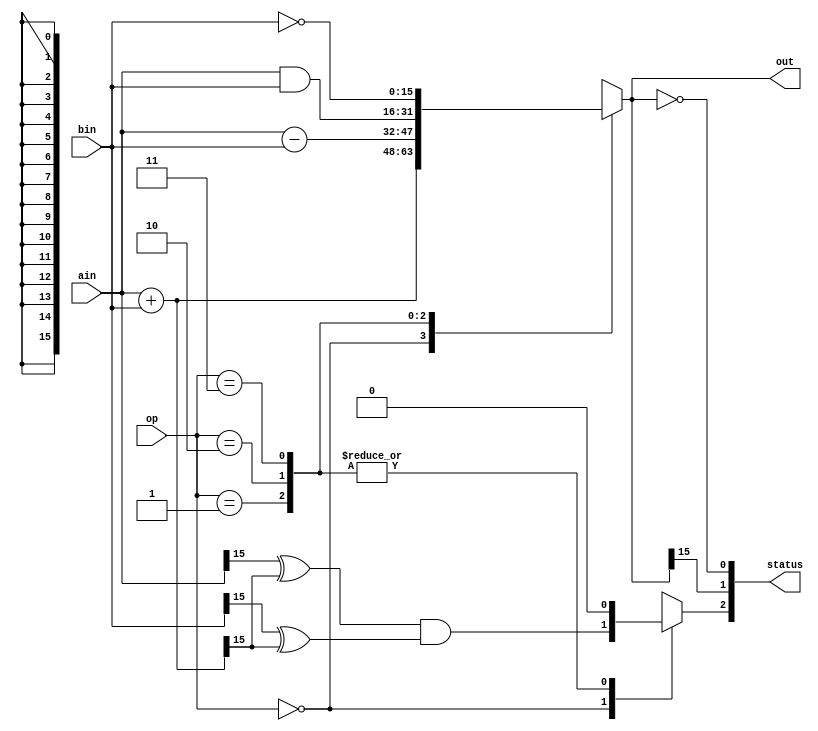
module alu(ain, bin, op, out, status);
  parameter k = 16;

  input [k - 1:0] ain, bin;
  input [1:0] op;
  output reg [k - 1:0] out;
  output [2:0] status;

  // on if there's overflow
  reg overflow;

  // using case statements
  always @(*) begin
    overflow = 0;
    case (op)
      2'b00: begin // ADD
        out = ain + bin;
        overflow = (ain[k-1] ^ out[k-1]) & (bin[k-1] ^ out[k-1]);
        end
      2'b01: out = ain - bin;  // CMP
      2'b10: out = ain & bin;  // AND
      2'b11: out = ~bin;       // MVN (negate)
      default: out = ~bin;
    endcase
  end

  // three bits for status:
  // [0] - HIGH if the result is 0
  // [1] - HIGH if the result is negative (last bit is 1)
  // [2] - HIGH if there is overflow (lab 7)
  assign status = {overflow, out[k-1], !out};
endmodule